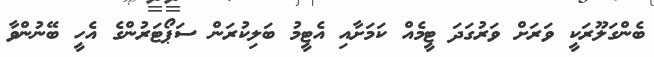
ބެންގަލޫރަކީ ވަރަށް ވަރުގަދަ ޓީމެއް ކަމަށާއި އެޓީމު ބަލިކުރަން ސަޕޯޓަރުންގެ އެހީ ބޭނުންވާ